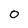
Character: 0